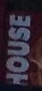
HOUSE